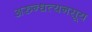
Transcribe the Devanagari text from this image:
अरुन्धत्यनसूय